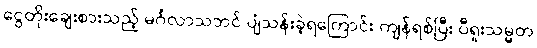
ငွေတိုးချေးစားသည့် မင်္ဂလာသဘင် ပျံသန်းခဲ့ရကြောင်း ကျန်ရစ်ပြီး ပီရူးသမ္မတ